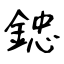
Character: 𨨩